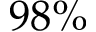
9 8 \%